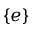
\{ e \}